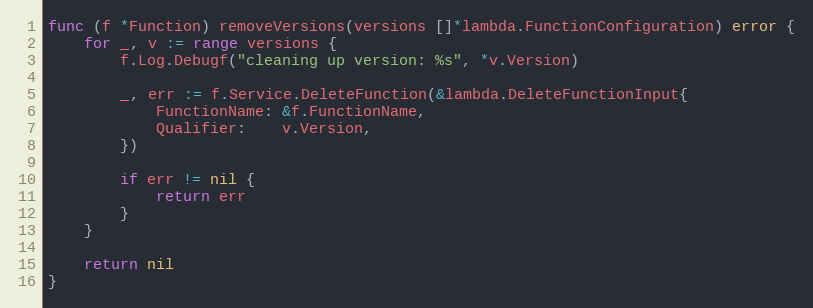
Language: Go
func (f *Function) removeVersions(versions []*lambda.FunctionConfiguration) error {
	for _, v := range versions {
		f.Log.Debugf("cleaning up version: %s", *v.Version)

		_, err := f.Service.DeleteFunction(&lambda.DeleteFunctionInput{
			FunctionName: &f.FunctionName,
			Qualifier:    v.Version,
		})

		if err != nil {
			return err
		}
	}

	return nil
}